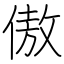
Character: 傲